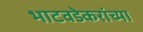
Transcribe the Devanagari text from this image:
भाटवडेकरांच्या